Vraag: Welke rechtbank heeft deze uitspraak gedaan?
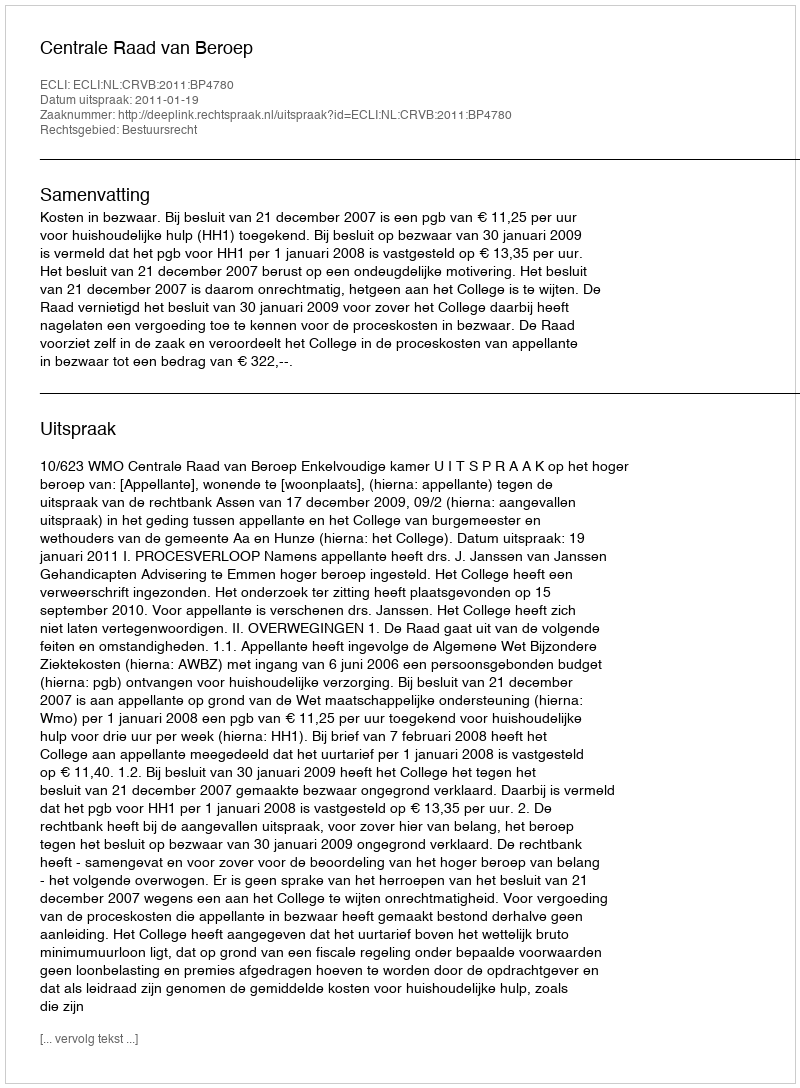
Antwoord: Centrale Raad van Beroep